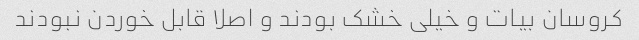
کروسان بیات و خیلی خشک بودند و اصلا قابل خوردن نبودند